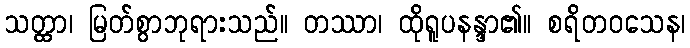
သတ္ထာ၊ မြတ်စွာဘုရားသည်။ တဿာ၊ ထိုရူပနန္ဒာ၏။ စရိတဝသေန၊